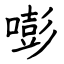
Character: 嘭